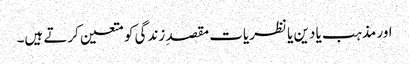
اور مذہب یا دین یا نظریات مقصدِ زندگی کو متعین کرتے ہیں۔